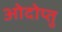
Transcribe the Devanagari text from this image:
ओदोप्तु